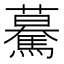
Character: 驀